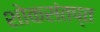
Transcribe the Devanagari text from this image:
शोकसंतप्त